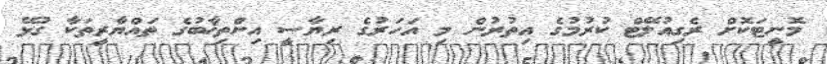
މޮނީޓަކޮށް ރެގިއުލޭޓް ކުރުމުގެ އިތުރުން މި އަހަރުގެ ރިޔާސީ އިންތިޚާބުގެ ތައްޔާރީތަކާ ގުޅޭ